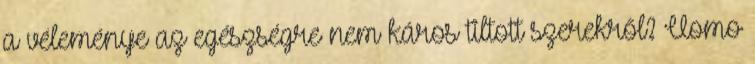
a véleménye az egészségre nem káros tiltott szerekről? Uomo